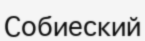
Собиеский